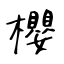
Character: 櫻